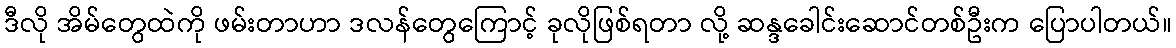
ဒီလို အိမ်တွေထဲကို ဖမ်းတာဟာ ဒလန်တွေကြောင့် ခုလိုဖြစ်ရတာ လို့ ဆန္ဒခေါင်းဆောင်တစ်ဦးက ပြောပါတယ်။